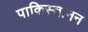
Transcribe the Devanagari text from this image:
पाकिस्तानन